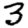
Digit: 3